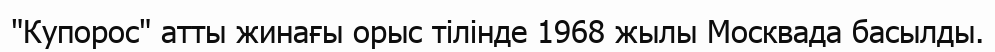
"Купорос" атты жинағы орыс тілінде 1968 жылы Москвада басылды.